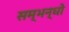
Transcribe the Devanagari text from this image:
सम्भन्धो